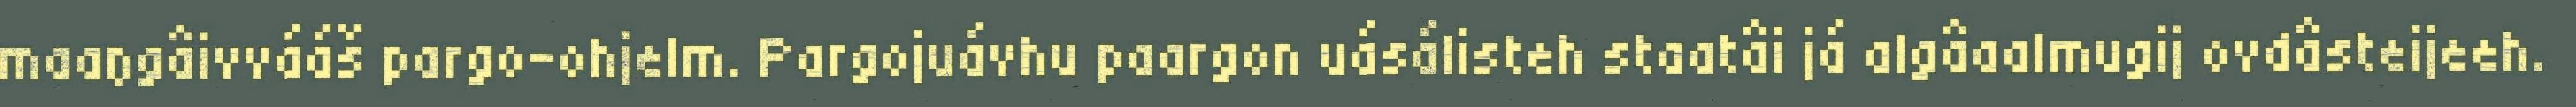
maaŋgâivvááš pargo-ohjelm. Pargojuávhu paargon uásálisteh staatâi já algâaalmugij ovdâsteijeeh.